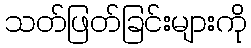
သတ်ဖြတ်ခြင်းများကို